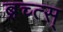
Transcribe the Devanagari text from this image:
ब्रच्त्स्